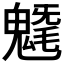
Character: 𩳯